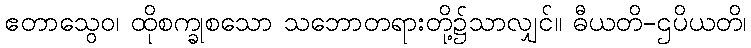
ဧတာသွေဝ၊ ထိုစက္ခုစသော သဘောတရားတို့၌သာလျှင်။ ဓီယတိ-ဌပိယတိ၊